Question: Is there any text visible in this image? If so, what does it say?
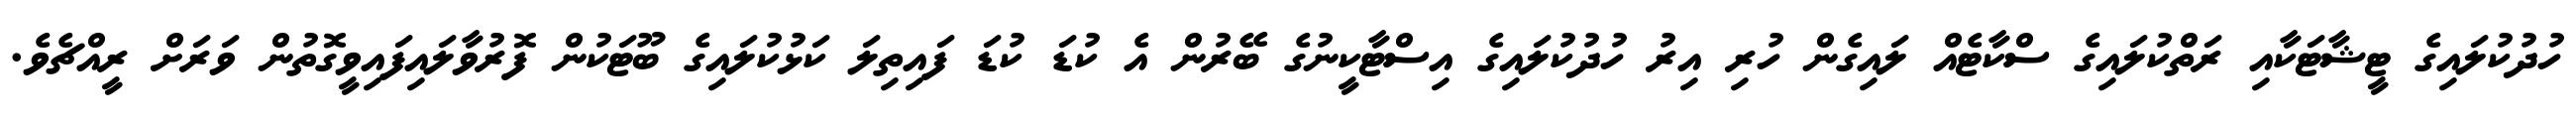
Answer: ހުދުކުލައިގެ ޓީޝާޓަކާއި ރަތްކުލައިގެ ސްކާޓެއް ލައިގެން ހުރި އިރު ހުދުކުލައިގެ އިސްޓާކީނުގެ ބޭރުން އެ ކުޑަ ކުޑަ ފައިތިލަ ކަޅުކުލައިގެ ބޫޓަކުން ފޮރުވާލައިފައިވީގޮތުން ވަރަށް ރީއްޗެވެ.